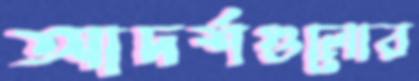
আদর্শগুলোর